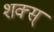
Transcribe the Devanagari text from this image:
शक्स्